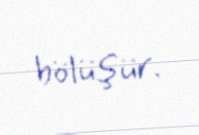
bölüşür.